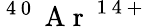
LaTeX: ^\mathrm{~4~0~}\mathrm{~A~r~}^{\mathrm{~1~4~+~}}